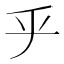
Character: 𠂟